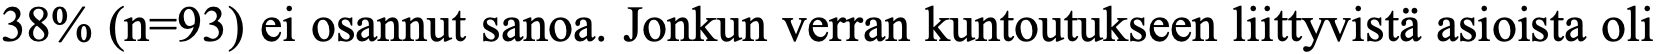
38% (n=93) ei osannut sanoa. Jonkun verran kuntoutukseen liittyvistä asioista oli